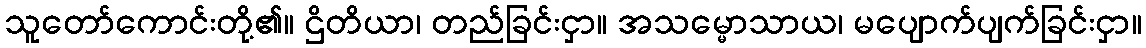
သူတော်ကောင်းတို့၏။ ဌိတိယာ၊ တည်ခြင်းငှာ။ အသမ္မောသာယ၊ မပျောက်ပျက်ခြင်းငှာ။